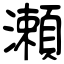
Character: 瀬